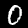
Label: 0